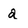
Character: a